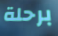
برحلة